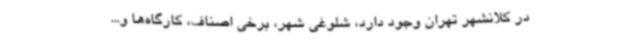
در کلانشهر تهران وجود دارد، شلوغی شهر، برخی اصناف، کارگاه‌ها و...